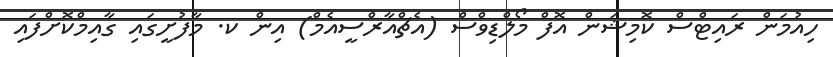
ހިއުމަން ރައިޓްސް ކޮމިޝަން އޮފް މޯލްޑިވްސް (އެޗްއާރްސީއެމް) އިން ކ. މާފުށީގައި ގާއިމްކޮށްފައި